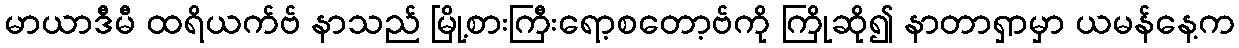
မာယာဒီမီ ထရိယက်ဗ် နာသည် မြို့စားကြီးရော့စတော့ဗ်ကို ကြိုဆို၍ နာတာရှာမှာ ယမန်နေ့က